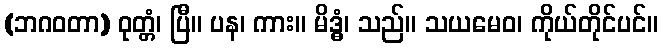
(ဘဂဝတာ) ဝုတ္တံ၊ ပြီ။ ပန၊ ကား။ မိဒ္ဓံ၊ သည်။ သယမေဝ၊ ကိုယ်တိုင်ပင်။